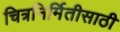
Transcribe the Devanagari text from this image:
चित्रनिर्मितीसाठी